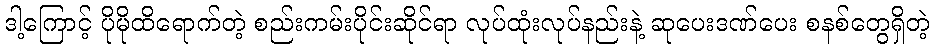
ဒါ့ကြောင့် ပိုမိုထိရောက်တဲ့ စည်းကမ်းပိုင်းဆိုင်ရာ လုပ်ထုံးလုပ်နည်းနဲ့ ဆုပေးဒဏ်ပေး စနစ်တွေရှိတဲ့